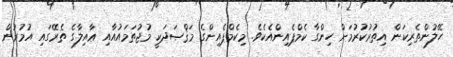
ހޭލުންތެރިކަން އިތުރުކުރުމަށް ހިންގާ ކެމްޕެއިންއެކެވެ. މިކެމްޕެއިންގެ މަޤްޞަދަކީ މުޖުތަމައުއާއި ޢާއިލާގެ ތެރޭގައި އުމުރުން